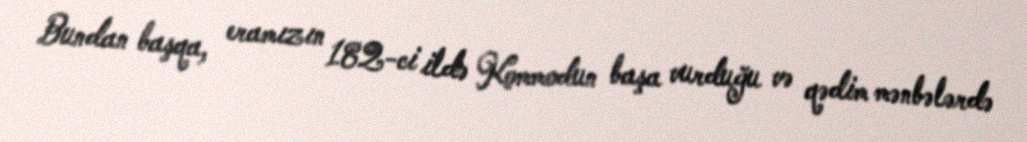
Bundan başqa, eramızın 182-ci ildə Kommodun başa vurduğu və qədim mənbələrdə